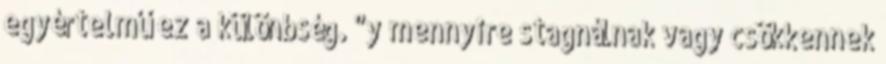
egyértelmű ez a különbség. "y mennyire stagnálnak vagy csökkennek